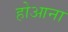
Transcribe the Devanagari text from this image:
होआना